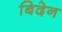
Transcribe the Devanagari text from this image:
बिदेन